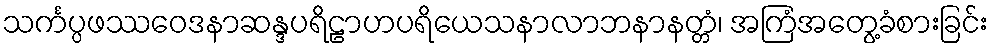
သင်္ကပ္ပဖဿဝေဒနာဆန္ဒပရိဠာဟပရိယေသနာလာဘနာနတ္တံ၊ အကြံအတွေ့ခံစားခြင်း